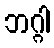
ဘဂ္ဂါ